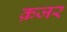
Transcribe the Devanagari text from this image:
क़जर